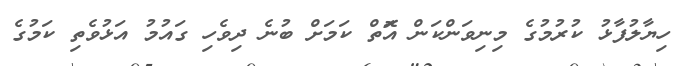
ހިޔާލުފާޅު ކުރުމުގެ މިނިވަންކަން އަޮތް ކަމަށް ބުނެ ދިވެހި ގައުމު އަޅުވެތި ކަމުގެ